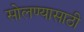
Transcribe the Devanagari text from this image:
सोलण्यासाठी